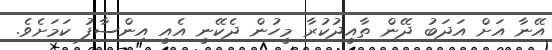
އޭނާ އަށް އަދަބު ދޭން ތާއީދުކުރާ މީހުން ދެކޭނީ އެއީ އިންސާފު ކަމަށެވެ.